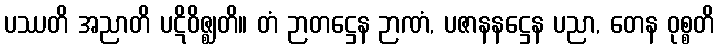
ပဿတိ အညာတိ ပဋိဝိဇ္ဈတိ။ တံ ဉာတဋ္ဌေန ဉာဏံ, ပဇာနနဋ္ဌေန ပညာ, တေန ဝုစ္စတိ